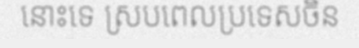
នោះទេ ស្របពេលប្រទេសចិន